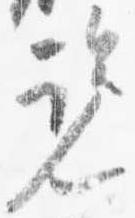
覧